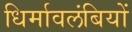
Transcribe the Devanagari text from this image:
धिर्मावलंबियों